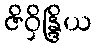
ဇိဝှိန္ဒြိယ